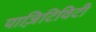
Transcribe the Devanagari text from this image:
पाज़िटिविटी